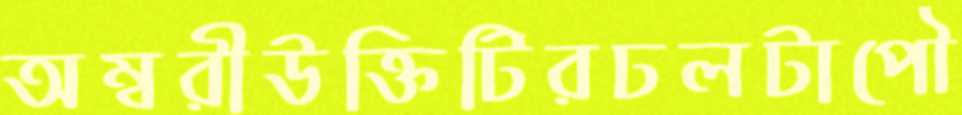
অম্বরীউক্তিটিরঢলটাপৌ